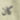
كان